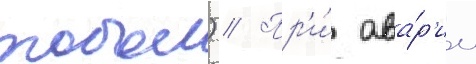
тобол) // Пр'и́ ава́р'ии